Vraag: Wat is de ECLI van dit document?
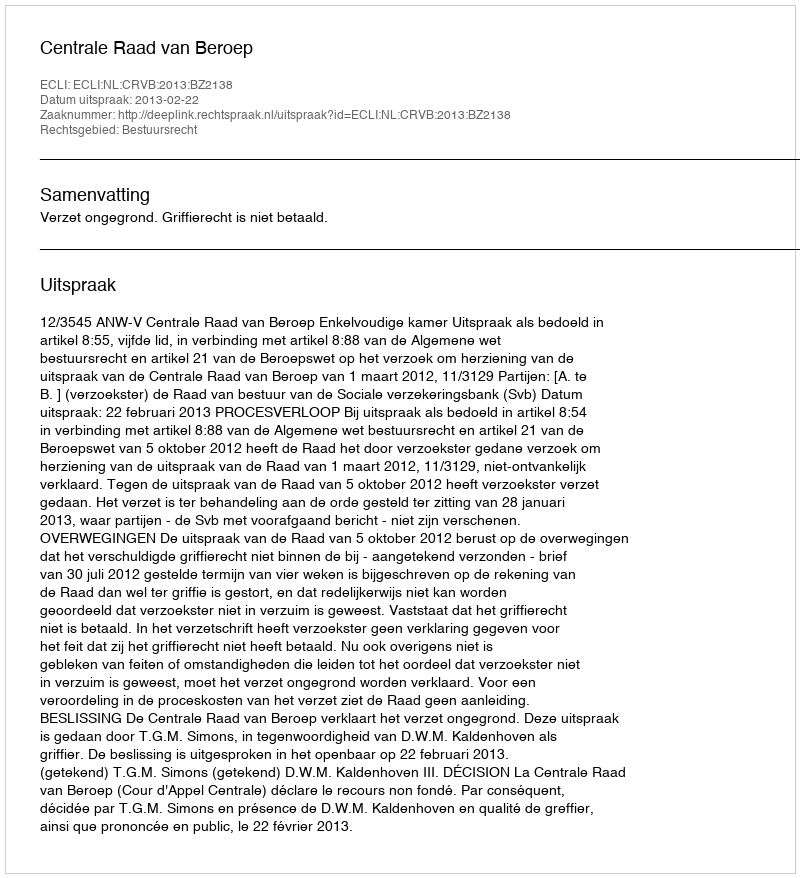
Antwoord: ECLI:NL:CRVB:2013:BZ2138